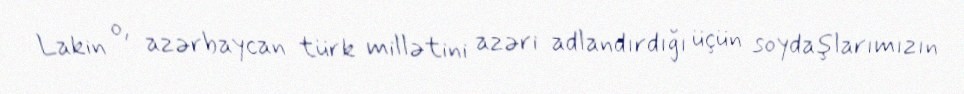
Lakin o, azərbaycan türk millətini azəri adlandırdığı üçün soydaşlarımızın